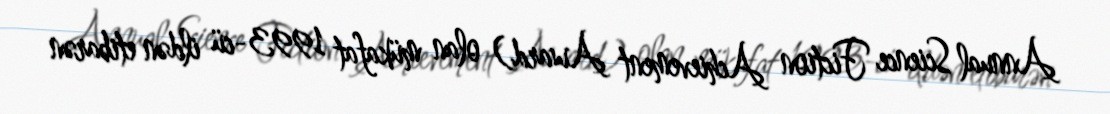
Annual Science Fiction Achievement Award) olan mükafat 1993-cü ildən etibarən